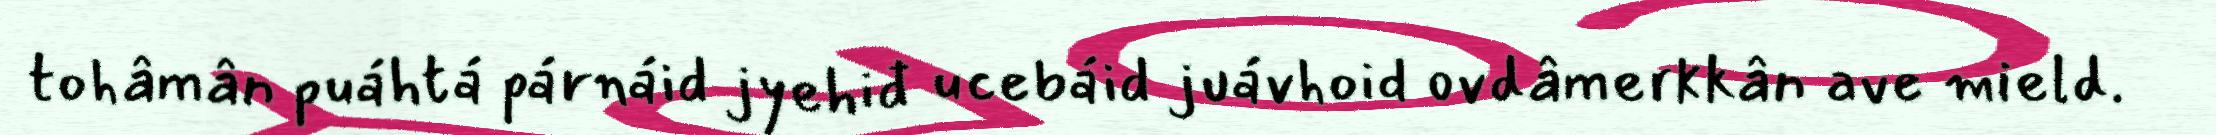
tohâmân puáhtá párnáid jyehiđ ucebáid juávhoid ovdâmerkkân ave mield.